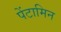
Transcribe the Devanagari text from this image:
पेंटामिन